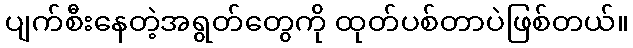
ပျက်စီးနေတဲ့အရွတ်တွေကို ထုတ်ပစ်တာပဲဖြစ်တယ်။